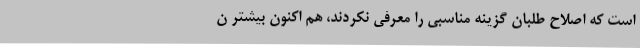
است که اصلاح طلبان گزینه مناسبی را معرفی نکردند، هم اکنون بیشتر ن